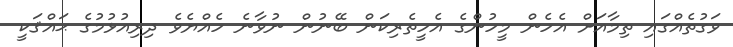
ވަގުތެއްގައި ތިމާއަށް އެހެން މީހުންގެ އެހީތެރިކަން ބޭނުން ނުވާނެ ހެއްޔެވެ ދިރިއުޅުމުގެ ޙައްޤަކީ